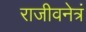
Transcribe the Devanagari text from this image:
राजीवनेत्रं